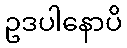
ဥဒပါနောပိ